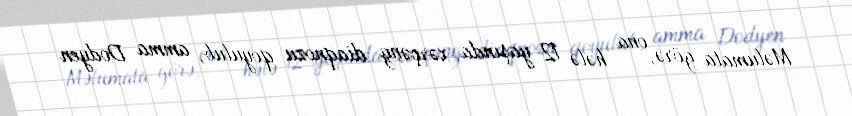
Məlumata görə, ona hələ 12 yaşında xərçəng diaqnozu qoyulub, amma Dodyen